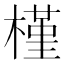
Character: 槿